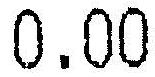
0.00